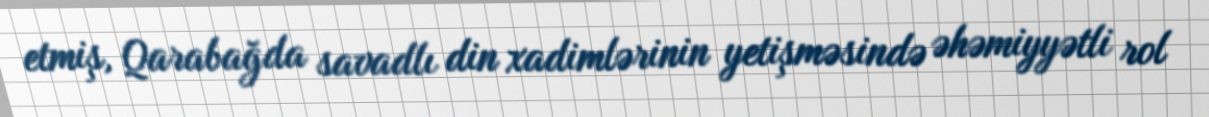
etmiş, Qarabağda savadlı din xadimlərinin yetişməsində əhəmiyyətli rol